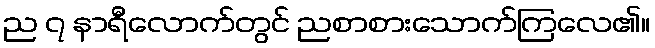
ည ၇ နာရီလောက်တွင် ညစာစားသောက်ကြလေ၏။